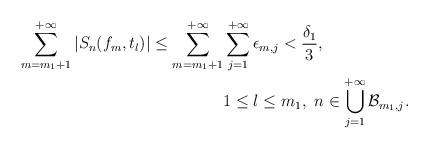
LaTeX: \begin{align*}\sum_{m=m_1+1}^{+\infty}|S_n(f_m,t_l)|\leq\sum_{m=m_1+1}^{+\infty}&\sum_{j=1}^{+\infty}\epsilon_{m,j}<\frac{\delta_1}3,\\&1\leq l\leq m_1,\,\,n\in\bigcup_{j=1}^{+\infty}\mathcal B_{m_1,j}. \end{align*}